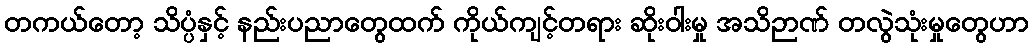
တကယ်တော့ သိပ္ပံနှင့် နည်းပညာတွေထက် ကိုယ်ကျင့်တရား ဆိုးဝါးမှု အသိဉာဏ် တလွဲသုံးမှုတွေဟာ